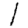
Digit: 1